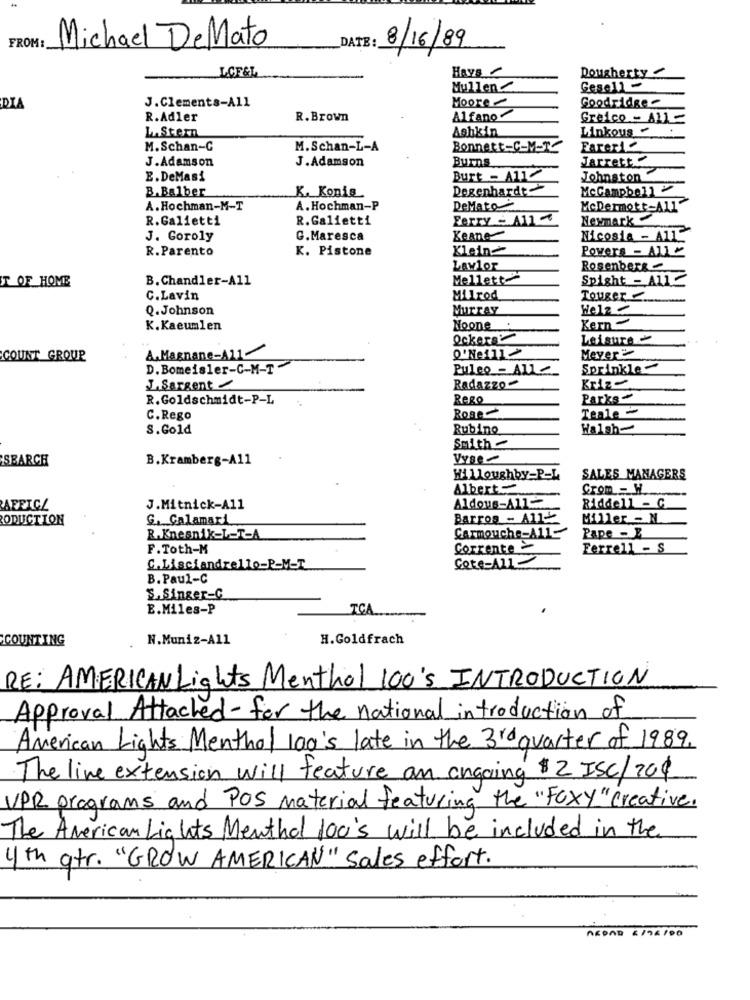
DATE :
FROM:
Michael DeMato
8/16/89
LGF&L
Hays -
Dougherty
Mullen
Gese11-
Goodridge -
DIA
J.Clements-All
Moore
R.Adler
R. Brown
Alfano
Greico - ALL
LAStern
Ashkin
Linkous .
M.Schan-C
M.Schan-L-A
Bonnett-C-M-TC
FarerA
J.Adamson
J.Adamson
Burns
Jarrett
E.DeMasi
Burt - A11
Johnston
B.Balber
Degenhardt
McCampbell
K. Konig.
A.Hochman-M-T
A. Hochman-P
DeMato
R.Galietti
R. Galietti
Ferry - All
Newmark
J. Goroly
G. Maresca
Keane
Nicosia - A11
R.Parento
K. Pistone
Klein
Powers - All
LAW1Or
Rosenberg
B. Chandler-All
Mellett
Spight - A11
ST OF HOME
C.Lavin
Milrod
Touger
Q. Johnson
Murray
Holz
K.Kaeumlen
Noone .
Kern -
Ockers
Leisure
A.Magnane-A11-
COUNT GROUP
Q'Neill>
Meyer
D. Bomeisler-C-M-T"
Puleo - Alle
Sprinkle -
J. Sargent
Radazzo -
Kriz
R.Goldschmidt-P-L
Rego
Parks -
Rose
Teale
C. Rego
S.Gold
Rubino
Walsh-
Smith
SEARCH
B.Kramberg-A11
Vyse -
Willoughby-P-L
SALES MANAGERS
Albert
Grom = W
Aldous-ATT
AFFICZ
J.Mitnick-A11
Riddell - C
RODUCTION
G. Calamari
Barros - All-
Miller - N
Carmouche-All-
R.Knesnik-L-T-A
Pape - B
F.Toth-M
Corrente
Ferrell - S
Cete-411
C.Lisciandrello-P-M-T
B. Paul-C
S.Singer-C
E.Miles-P
TCA ..
COUNTING
N.Muniz-All
H.Goldfrach
RE: AMERICAN Lights Menthol 100's INTRODUCTION
Approval Attached- for the national introduction of
American Lights Menthol 100's late in the 3rd quarter of 1989.
The live extension will feature an ongoing $2 ISC/204
VPR programs and POS material featuring the "Foxy "creative.
The American Lights Menthol 100's will be included in the
4 th gtr. "GROW AMERICAN" Sales effort.
AROAD 8196/00